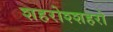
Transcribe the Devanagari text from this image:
शहरोश्शहरो